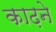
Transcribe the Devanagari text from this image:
काढ़ने